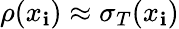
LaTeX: \rho(x_{\mathbf{i}})\approx\sigma_{T}(x_{\mathbf{i}})